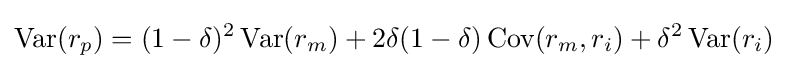
\operatorname {Var} (r_{p})=(1-\delta )^{2}\operatorname {Var} (r_{m})+2\delta (1-\delta )\operatorname {Cov} (r_{m},r_{i})+\delta ^{2}\operatorname {Var} (r_{i})